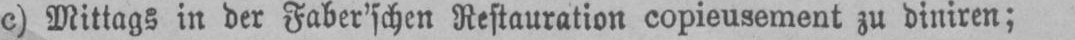
c) Mittags in der Faber’schen Restauration copieusement zu diniren;